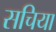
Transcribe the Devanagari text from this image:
सचिया